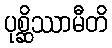
ပုစ္ဆိဿာမီတိ